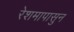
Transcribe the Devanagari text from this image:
रेशमापासुन